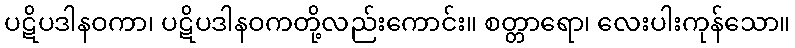
ပဋိပဒါနဝကာ၊ ပဋိပဒါနဝကတို့လည်းကောင်း။ စတ္တာရော၊ လေးပါးကုန်သော။